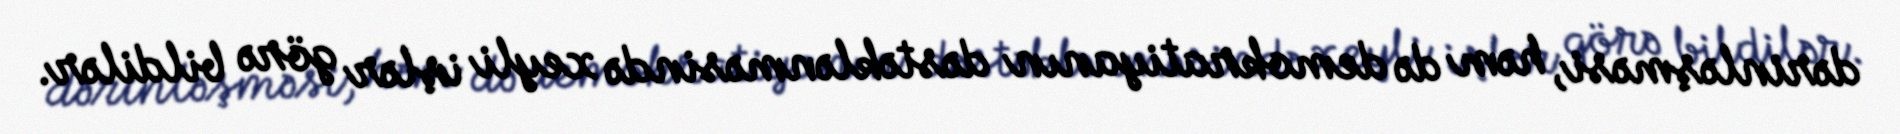
dərinləşməsi, həm də demokratiyanın dəstəklənməsində xeyli işlər görə bildilər.